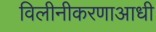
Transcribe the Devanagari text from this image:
विलीनीकरणाआधी